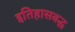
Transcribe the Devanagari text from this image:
इतिहासबद्ध